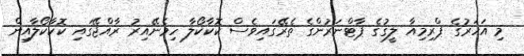
މި އަހަރުގެ ޕްރިމިއާ ލީގުގެ ޕާޓްނަރުންގެ ތެރޭގައިވެސް ކޮކާކޯލާ ހިމެނޭއިރު ރާއްޖޭގައި ކޮކާކޯލާއިން